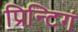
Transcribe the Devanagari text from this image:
प्रिन्टिगं